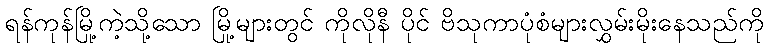
ရန်ကုန်မြို့ကဲ့သို့သော မြို့များတွင် ကိုလိုနီ ပိုင် ဗိသုကာပုံစံများလွှမ်းမိုးနေသည်ကို